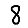
Digit: 8